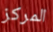
المركز